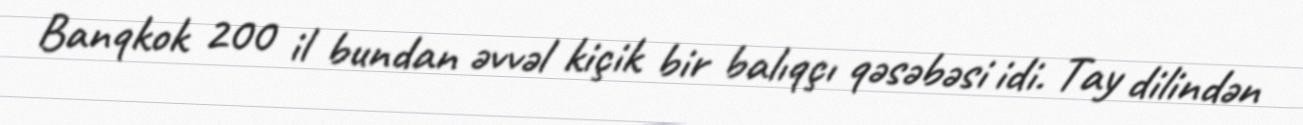
Banqkok 200 il bundan əvvəl kiçik bir balıqçı qəsəbəsi idi. Tay dilindən